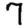
Digit: 7